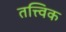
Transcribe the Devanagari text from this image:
तत्त्विक